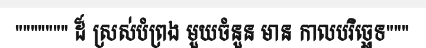
""""""" ដ៏ ស្រស់បំព្រង មួយចំនួន មាន កាលបរិច្ឆេទ"""